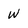
Character: W